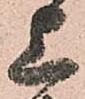
上